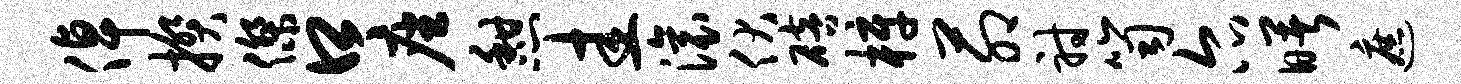
倬揆杰口座憩圭滚伏碚梓茆射笥尔曙遮